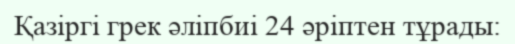
Қазіргі грек әліпбиі 24 әріптен тұрады: